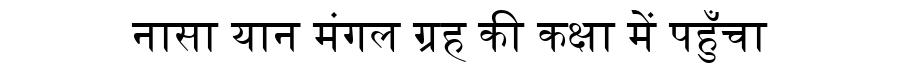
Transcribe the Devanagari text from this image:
नासा यान मंगल ग्रह की कक्षा में पहुँचा